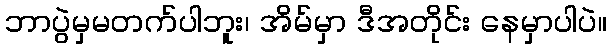
ဘာပွဲမှမတက်ပါဘူး၊ အိမ်မှာ ဒီအတိုင်း နေမှာပါပဲ။